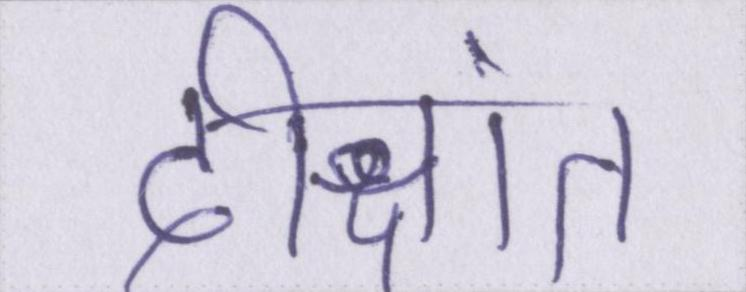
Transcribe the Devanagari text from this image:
दीक्षांत